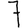
Digit: 7